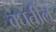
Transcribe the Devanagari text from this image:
बघतील